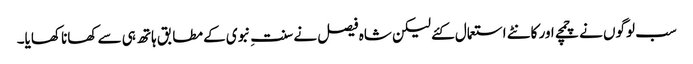
سب لوگوں نے چمچے اور کانٹے استعمال کئے لیکن شاہ فیصل نے سنتِ نبوی کے مطابق ہاتھ ہی سے کھانا کھایا۔